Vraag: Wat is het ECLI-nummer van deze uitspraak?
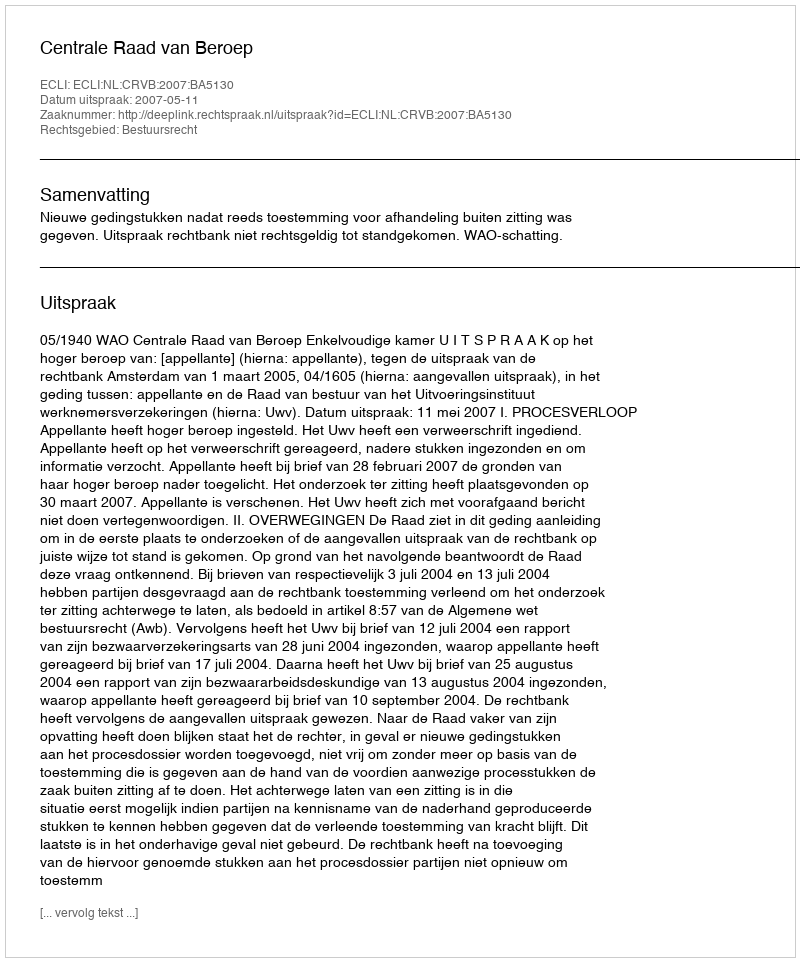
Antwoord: ECLI:NL:CRVB:2007:BA5130